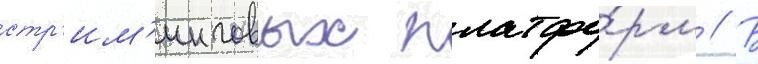
стр'им'инговых платфо́рм // В